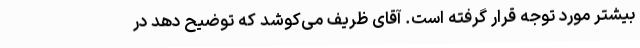
بیشتر مورد توجه قرار گرفته است. آقای ظریف می‌کوشد که توضیح دهد در